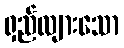
ရှည်လျားသော